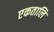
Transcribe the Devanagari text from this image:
एकतालि